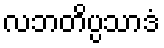
လဘတိပ္ပသာဒံ